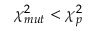
\chi _ { m u t } ^ { 2 } < \chi _ { p } ^ { 2 }